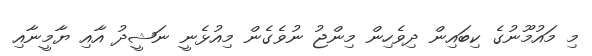
މި މައުމޫނުގެ ކިބައިން ދިވެހިން މިންޖު ނުވެގެން މިއުޅެނީ ނަޝީދު އާއި ޔާމީނާއި